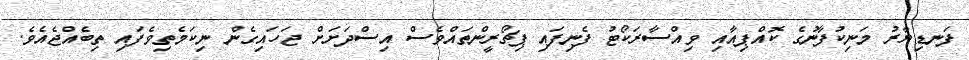
ފަނޑިޔާރު މަނިކުފާނުގެ ކޮއްޕިއާއި ވިއްސާރަކޯޓު ފެނިފައި ޕިޗޯރީންތައްވެސް އިސްދަށަށް ޖަހައިގެން ނިކަމެތިވެފައި ތިބެއްޖެއެވެ.